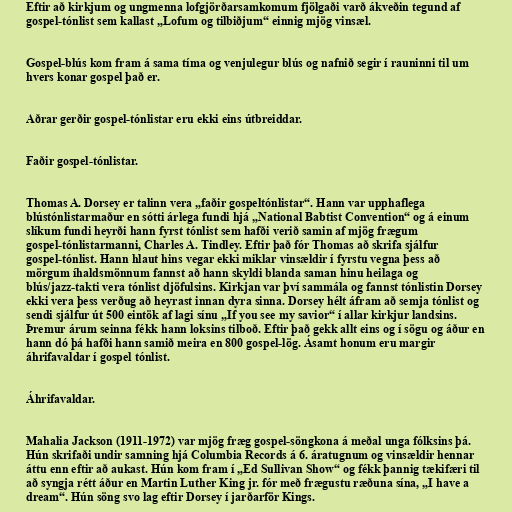
Eftir að kirkjum og ungmenna lofgjörðarsamkomum fjölgaði varð ákveðin tegund af
gospel-tónlist sem kallast „Lofum og tilbiðjum“ einnig mjög vinsæl.

Gospel-blús kom fram á sama tíma og venjulegur blús og nafnið segir í rauninni til um
hvers konar gospel það er.

Aðrar gerðir gospel-tónlistar eru ekki eins útbreiddar.

Faðir gospel-tónlistar.

Thomas A. Dorsey er talinn vera „faðir gospeltónlistar“. Hann var upphaflega
blústónlistarmaður en sótti árlega fundi hjá „National Babtist Convention“ og á einum
slíkum fundi heyrði hann fyrst tónlist sem hafði verið samin af mjög frægum
gospel-tónlistarmanni, Charles A. Tindley. Eftir það fór Thomas að skrifa sjálfur
gospel-tónlist. Hann hlaut hins vegar ekki miklar vinsældir í fyrstu vegna þess að
mörgum íhaldsmönnum fannst að hann skyldi blanda saman hinu heilaga og
blús/jazz-takti vera tónlist djöfulsins. Kirkjan var því sammála og fannst tónlistin Dorsey
ekki vera þess verðug að heyrast innan dyra sinna. Dorsey hélt áfram að semja tónlist og
sendi sjálfur út 500 eintök af lagi sínu „If you see my savior“ í allar kirkjur landsins.
Þremur árum seinna fékk hann loksins tilboð. Eftir það gekk allt eins og í sögu og áður en
hann dó þá hafði hann samið meira en 800 gospel-lög. Ásamt honum eru margir
áhrifavaldar í gospel tónlist.

Áhrifavaldar.

Mahalia Jackson (1911-1972) var mjög fræg gospel-söngkona á meðal unga fólksins þá.
Hún skrifaði undir samning hjá Columbia Records á 6. áratugnum og vinsældir hennar
áttu enn eftir að aukast. Hún kom fram í „Ed Sullivan Show“ og fékk þannig tækifæri til
að syngja rétt áður en Martin Luther King jr. fór með frægustu ræðuna sína, „I have a
dream“. Hún söng svo lag eftir Dorsey í jarðarför Kings.